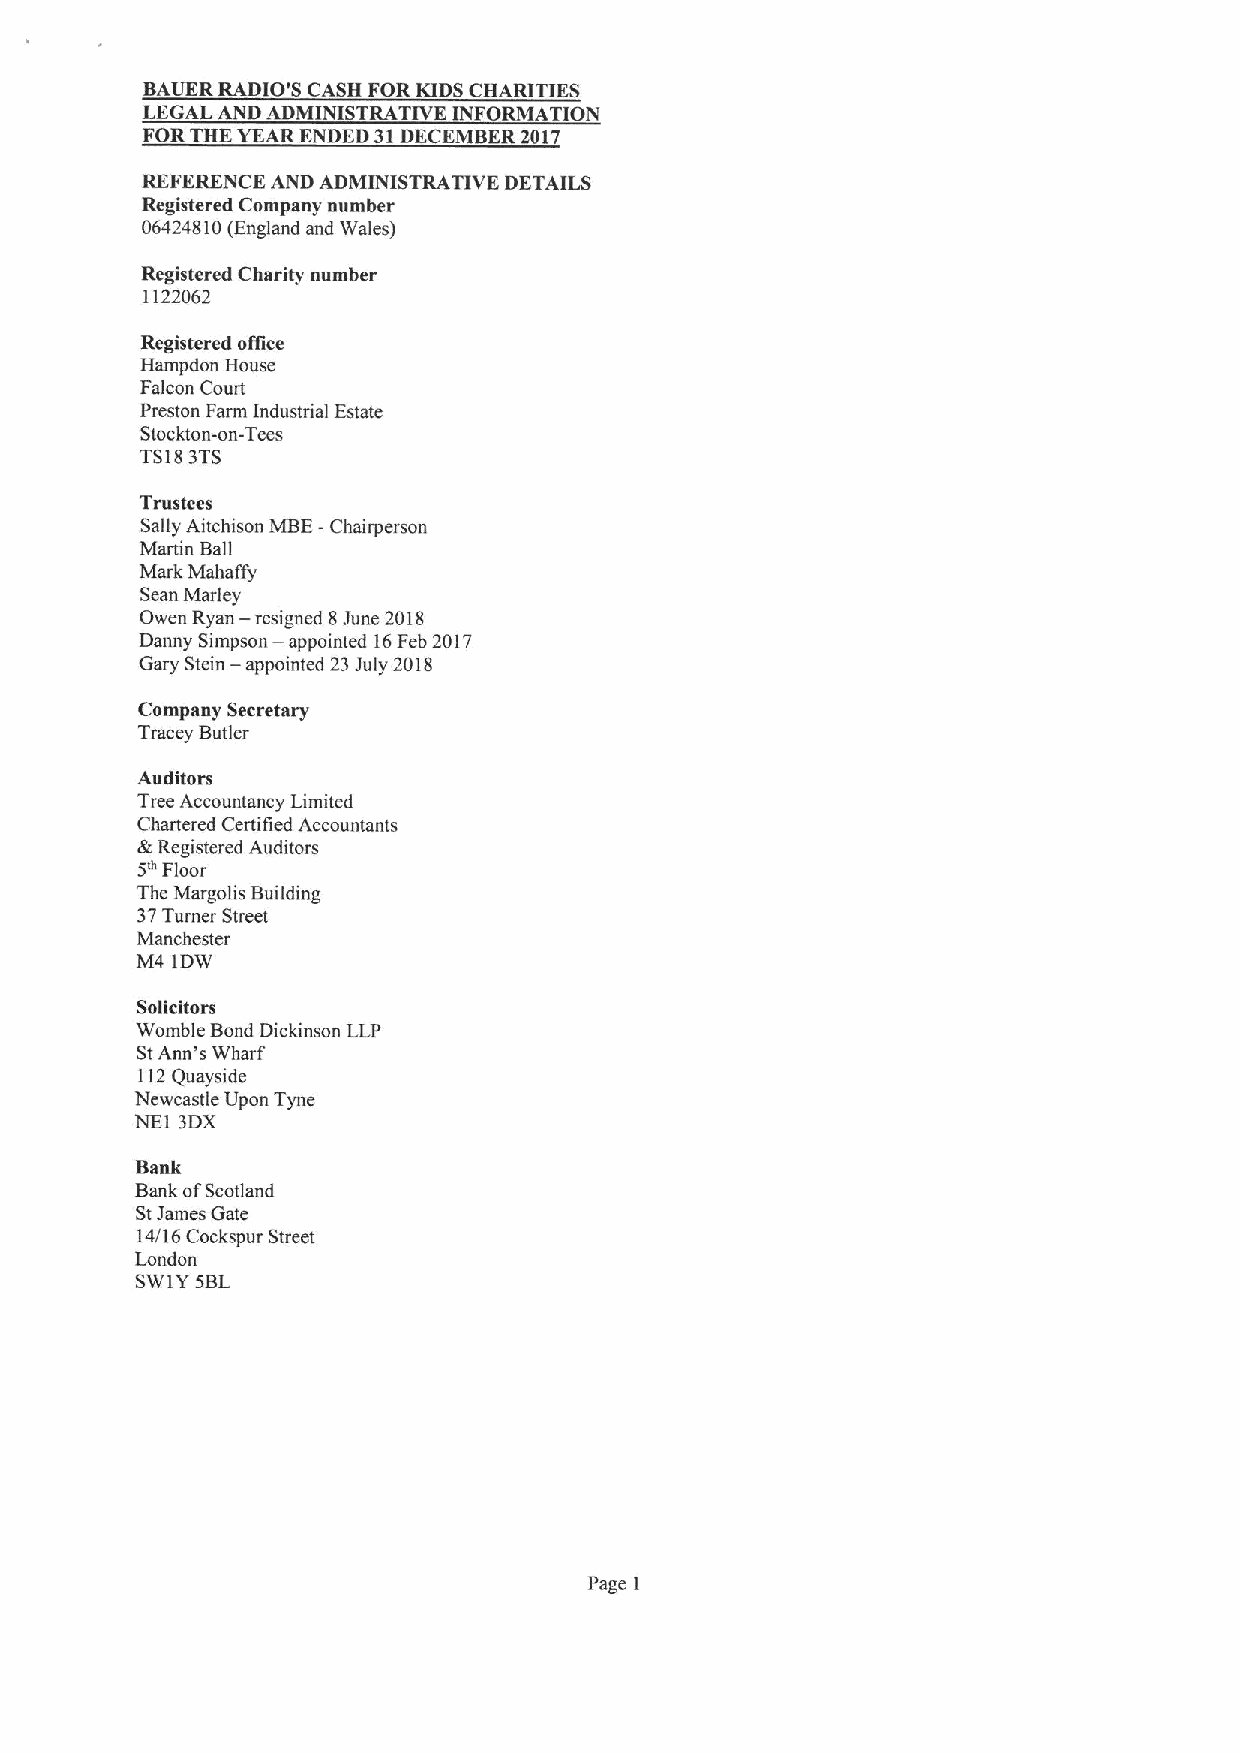
BAUER RADIO'S CASH FOR KIDSCHARITIES
 LEGAL AND ADMINISTRATIVE INFORMATION
 FORTHE YEAR ENDED 31DECEMBER 2017
 REFERENCE AND ADMINISTRATIVE DETAILS
 Registered Company number
 06424810(England and Wales)
 Registered Charity number
 1122062
 Registered office
 Hampdon House
 Falcon Court
 Preston Farm Industrial Estate
 Stockton-on-Tees
 TS183TS
 Trustees
 Sally Aitchison MBE- Chairperson
 Martin Ball
 Mark Mahaffy
 Sean Marley
 —
 Owen Ryan resigned 8June 2018
 —
 Danny Simpson appointed 16Feb 2017
 —
 Gary Stein appointed 23July 2018
 Company Secretary
 Tracey Butler
 Auditors
 Tree Accountancy Limited
 Chartered Certified Accountants
 &Registered Auditors
 SaFloor
 The Margolis Building
 37Turner Street
 Manchester
 M4 1DW
 Solicitors
 Womble Bond Dickinson LLP
 StAnn's Wharf
 112Quayside
 Newcastle Upon Tyne
 NE1 3DX
 Bank
 Bank ofScotland
 StJames Gate
 14/16 Cockspur Street
 London
 SW1YSBL
 Page 1